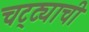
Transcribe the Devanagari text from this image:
चट्ट्याची